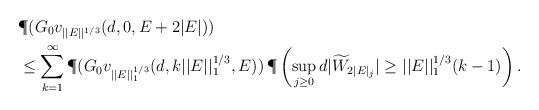
LaTeX: \begin{align*} &\P (G_0v_{||E||^{1/3}} (d, 0, E + 2 |E|)) \\ & \leq \sum_{k=1}^{\infty} \P (G_0v_{||E||_1^{1/3}} (d, k ||E||_1^{1/3}, E)) \, \P \left( \sup_{j \geq 0} d |\widetilde{W}_{2 |E|_j}| \geq ||E||_1^{1/3} (k-1) \right). \end{align*}